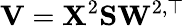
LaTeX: \mathbf{V}=\mathbf{X}^{2}\mathbf{S}\mathbf W^{2,\top}